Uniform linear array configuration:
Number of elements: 24
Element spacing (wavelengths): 0.25
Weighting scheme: hann
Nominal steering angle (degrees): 30
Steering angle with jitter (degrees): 29.259
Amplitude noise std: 0.05
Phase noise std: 0.05

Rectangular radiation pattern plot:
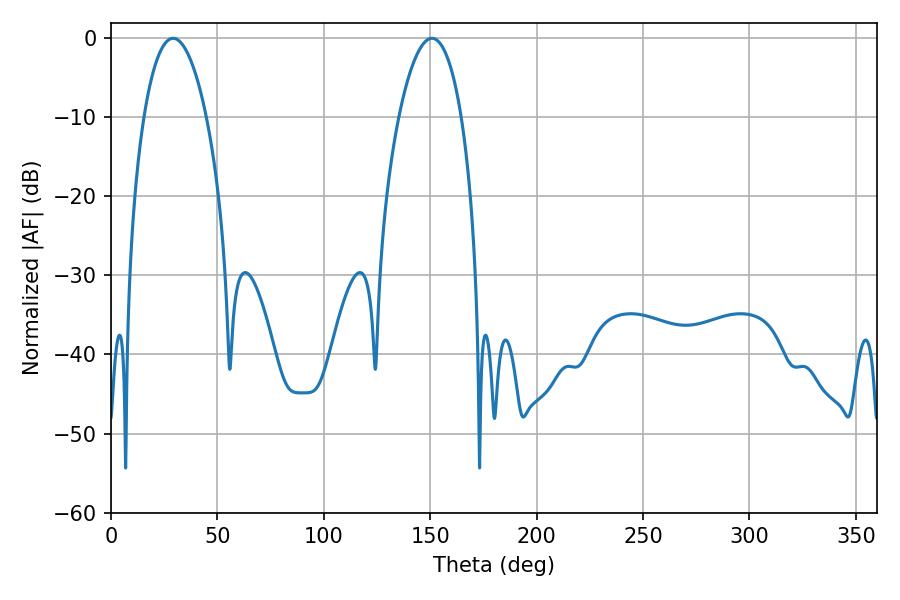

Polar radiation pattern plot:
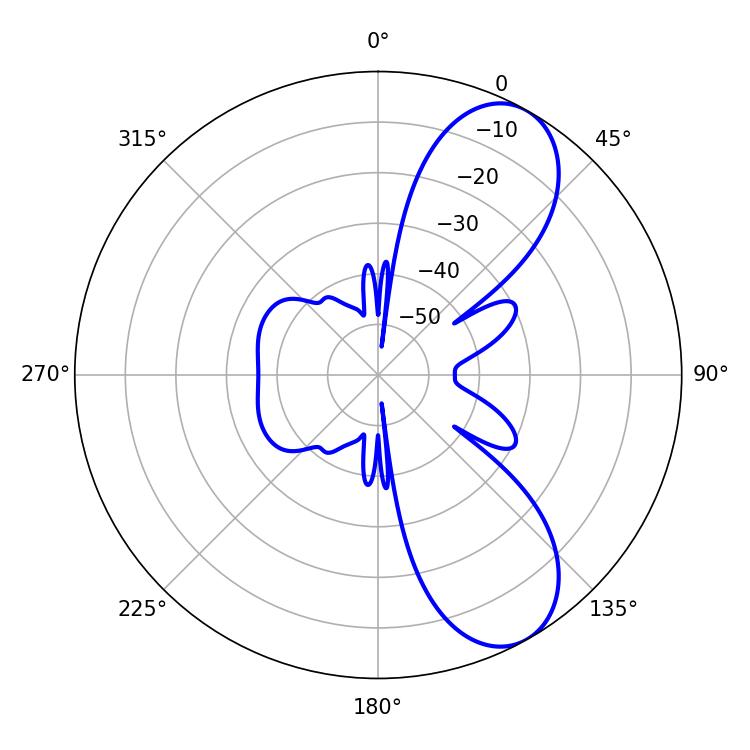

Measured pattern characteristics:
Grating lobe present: FALSE
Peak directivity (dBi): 8.253
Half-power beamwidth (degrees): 16.38
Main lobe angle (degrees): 29.16